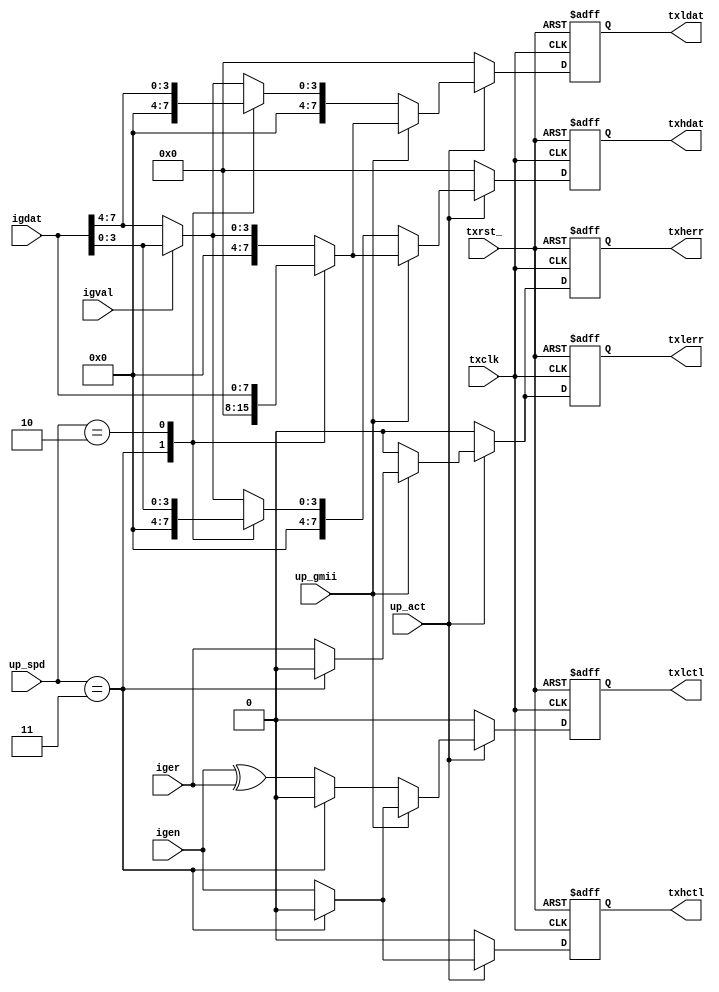
// Description  : -> interface with 1 port triple speech 10/100/1000 Mps        
//              : -> from phys to mac interface                                                                       
////////////////////////////////////////////////////////////////////////////////
module ipsmacge_txintf
    (
     txrst_,
     txclk,
     //
     txhdat,
     txldat,
     txhctl,
     txlctl,
     txherr,
     txlerr,
     //
     igdat,
     igval,
     igen,
     iger,
     // cpu interface
     up_act,
     up_gmii,
     up_spd
     );
///////////////////////////////////////////////////////////////////////////////
// Parameter declarations
parameter DAT_DW = 8;
parameter MSP_DW = 2; // mode speed operation

parameter MRESERVE = 2'b11, // reserve
          M1000    = 2'b10, // speed 1000 Mbps, clk 125Mhz
          M100     = 2'b01, // speed 100 Mbps, clk 25Mhz, 
          M10      = 2'b00; // speed 10 Mbps, clk 2.5Mhz
// Help
// {mgmii,up_spd}
// {1,00} -> MII   speed 10   Mbps, clk 2.5Mhz
// {1,01} -> MII   speed 100  Mbps, clk 25Mhz
// {1,1x} -> GMII  speed 1000 Mbps, clk 125Mhz
// {0,00} -> RGMII speed 10   Mbps, clk 2.5Mhz
// {0,01} -> RGMII speed 100  Mbps, clk 25Mhz
// {0,1x} -> RGMII speed 1000 Mbps, clk 125Mhz
////////////////////////////////////////////////////////////////////////////////
// input declarations
input               txrst_;
input               txclk;
// gmii interface
input  [DAT_DW-1:0] igdat;
input               igval;
input               igen;
input               iger;
// interface with ddio ouput
output [DAT_DW-1:0] txhdat;
output [DAT_DW-1:0] txldat;
output              txhctl;
output              txlctl;
output              txherr;
output              txlerr;
// cpu interface
input [MSP_DW-1:0]  up_spd;
input               up_gmii;
input               up_act;
////////////////////////////////////////////////////////////////////////////////
// signal declarations0
reg [DAT_DW-1:0]    txhdat;
reg [DAT_DW-1:0]    txldat;
reg                 txhctl;
reg                 txlctl;
reg                 txherr;
reg                 txlerr;
////////////////////////////////////////////////////////////////////////////////
// Local logic and instantiation
//---------------------------------------------
//  GMII to RGMII Interface
//---------------------------------------------
always @(posedge txclk or negedge txrst_)
    begin
    if (!txrst_)
        begin
        txhdat <= {DAT_DW{1'b0}};
        txldat <= {DAT_DW{1'b0}};
        txhctl <= 1'b0;
        txlctl <= 1'b0;
        txherr <= 1'b0;
        txlerr <= 1'b0;
        end
    else if (~up_act)
        begin
        txhdat <= {DAT_DW{1'b0}};
        txldat <= {DAT_DW{1'b0}};
        txhctl <= 1'b0;
        txlctl <= 1'b0;
        txherr <= 1'b0;
        txlerr <= 1'b0;
        end
    else 
        begin
        if (!up_gmii) // RGMII Interface
            begin
            txherr <= 1'b0;
            txlerr <= 1'b0;
            //
            case (up_spd)
                MRESERVE:
                    begin
                    txhdat <= {DAT_DW{1'b0}};
                    txldat <= {DAT_DW{1'b0}};
                    txhctl <= 1'b0;
                    txlctl <= 1'b0;
                    end
                M1000:
                    begin
                    txhdat <= {4'd0, igdat [3:0]};
                    txldat <= {4'd0, igdat [7:4]};
                    txhctl <= igen;
                    txlctl <= igen ^ iger;
                    end
                default:    // M100/M10
                    begin
                    txhdat <= igval ? {4'd0, igdat [3:0]} : {4'd0, igdat [7:4]};
                    txldat <= igval ? {4'd0, igdat [3:0]} : {4'd0, igdat [7:4]};
                    txhctl <= igen;
                    txlctl <= igen ^ iger;
                    end
            endcase
            end
        else    // GMII or MII Interfaces
            begin   
            case (up_spd)
                MRESERVE:
                    begin
                    txhdat <= {DAT_DW{1'b0}};
                    txldat <= {DAT_DW{1'b0}};   
                    txhctl <= 1'b0;
                    txlctl <= 1'b0;
                    txherr <= 1'b0;
                    txlerr <= 1'b0;
                    end
                M1000:
                    begin
                    txhdat <= igdat;
                    txldat <= igdat;
                    txhctl <= igen;
                    txlctl <= igen;
                    txherr <= iger;
                    txlerr <= iger;
                    end
                default:    // M100/M10
                    begin
                    txhdat <= igval ? {4'd0, igdat [3:0]} : {4'd0, igdat [7:4]};
                    txldat <= igval ? {4'd0, igdat [3:0]} : {4'd0, igdat [7:4]};
                    txhctl <= igen;
                    txlctl <= igen;
                    txherr <= iger;
                    txlerr <= iger;
                    end
            endcase
            end
        end
    end

endmodule